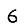
Digit: 6